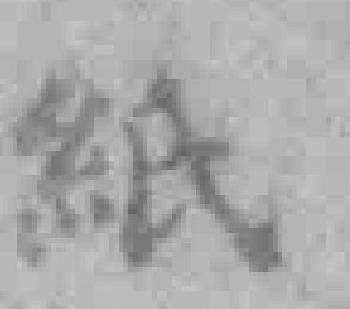
紙